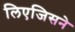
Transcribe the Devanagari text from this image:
लिएजिसने